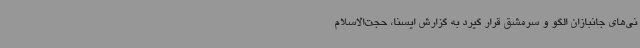
نی‌های جانبازان الگو و سرمشق قرار گیرد به گزارش ایسنا، حجت‌الاسلام